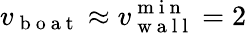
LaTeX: v_{\mathrm{~b~o~a~t~}}\approx v_{\mathrm{~w~a~l~l~}}^{\mathrm{~m~i~n~}}=2